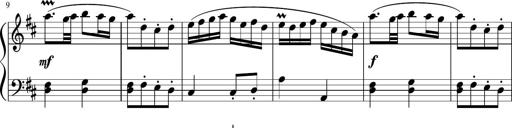
Title: 12 Keyboard Sonatinas
Composer: James Hook